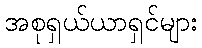
အစုရှယ်ယာရှင်များ